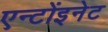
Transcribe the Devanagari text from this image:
एन्टोंइनेट